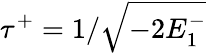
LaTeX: \tau^{+}=1/\sqrt{-2E_{1}^{-}}